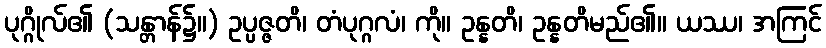
ပုဂ္ဂိုလ်၏ (သန္တာန်၌။) ဥပ္ပဇ္ဇတိ၊ တံပုဂ္ဂလံ၊ ကို။ ဥန္နတိ၊ ဥန္နတိမည်၏။ ယဿ၊ အကြင်